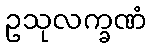
ဥသုလက္ခဏံ